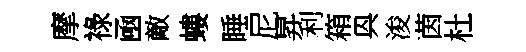
摩祿凾敵螻睡尼昇利箱㒷浚茵杜